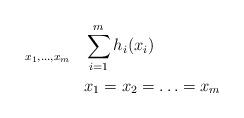
LaTeX: \begin{align*}\begin{aligned}& \underset{x_{1}, \hdots, x_{m}}{}& & \sum_{i=1}^{m} h_{i}(x_{i}) \\ & & & x_{1}=x_{2}=\hdots=x_{m}\end{aligned}\end{align*}